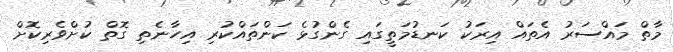
މާތް މައްސަރު އެތައް އިރަކު ކަނޑުމަތީގައި ގެންގުޅެ ކަންތައްކުރި އިހާނެތި ގޮތް ކުށްވެރިކޮށް